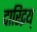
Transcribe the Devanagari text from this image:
दारिद्रय्